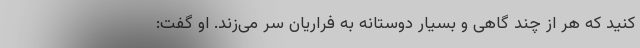
کنید که هر از چند گاهی و بسیار دوستانه به فراریان سر می‌زند. او گفت: